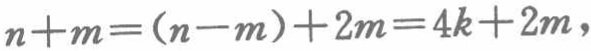
\[

n + m=(n - m)+2m = 4k + 2m,

\]